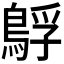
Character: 𮬻